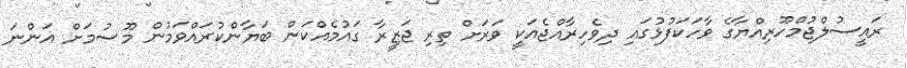
ރައީސުލްޖުމްހޫރިއްޔާގެ ވާހަކަފުޅުގައި ދިވެހިރާއްޖެއަކީ ވަރަށް ތިރި ޖަޒީރާ ގައުމެއްކަން ބަޔާންކުރައްވަމުން މޫސުމަށް އަންނަ